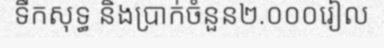
ទឹកសុទ្ធ និងប្រាក់ចំនួន២.០០០រៀល